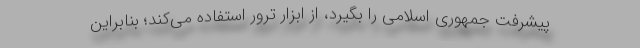
پیشرفت جمهوری اسلامی را بگیرد، از ابزار ترور استفاده می‌کند؛ بنابراین